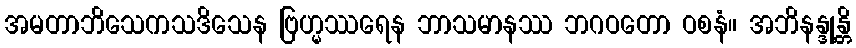
အမတာဘိသေကသဒိသေန ဗြဟ္မဿရေန ဘာသမာနဿ ဘဂဝတော ဝစနံ။ အဘိနန္ဒုန္တိ